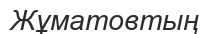
Жұматовтың